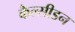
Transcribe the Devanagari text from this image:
कैल्सीडन